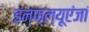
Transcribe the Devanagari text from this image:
इन्फ्ल्यूएंजां